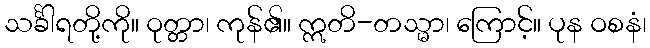
သင်္ခါရတို့ကို။ ဝုတ္တာ၊ ကုန်၏။ ဣတိ-တသ္မာ၊ ကြောင့်။ ပုန ဝစနံ၊